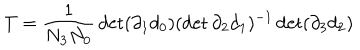
T = \frac { 1 } { N _ { 3 } N _ { 0 } } \det ( \partial _ { 1 } d _ { 0 } ) ( \det \partial _ { 2 } d _ { 1 } ) ^ { - 1 } \det ( \partial _ { 3 } d _ { 2 } )